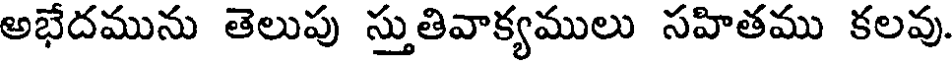
అభేదమును తెలుపు స్తుతివాక్యములు సహితము కలవు.